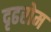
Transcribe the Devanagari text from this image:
दृढरोम